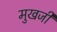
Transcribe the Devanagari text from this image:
मुखजी